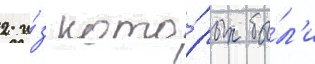
2 и́з кото́рых бы́л'и